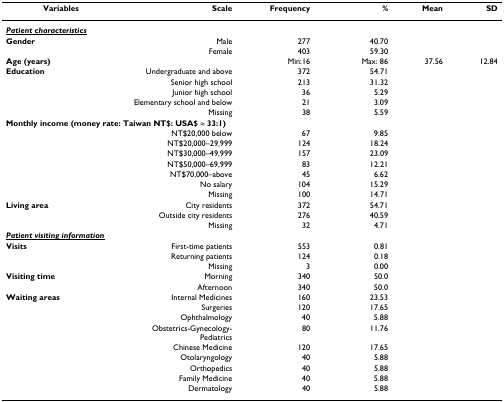
<table><thead><tr><td><b>Variables</b></td><td><b>Scale</b></td><td><b>Frequency</b></td><td><b>%</b></td><td><b>Mean</b></td><td><b>SD</b></td></tr></thead><tbody><tr><td><b><i><underline>Patient characteristics</underline></i></b></td><td></td><td></td><td></td><td></td><td></td></tr><tr><td><b>Gender</b></td><td>Male</td><td>277</td><td>40.70</td><td></td><td></td></tr><tr><td></td><td>Female</td><td>403</td><td>59.30</td><td></td><td></td></tr><tr><td><b>Age (years)</b></td><td></td><td>Min:16</td><td>Max: 86</td><td>37.56</td><td>12.84</td></tr><tr><td><b>Education</b></td><td>Undergraduate and above</td><td>372</td><td>54.71</td><td></td><td></td></tr><tr><td></td><td>Senior high school</td><td>213</td><td>31.32</td><td></td><td></td></tr><tr><td></td><td>Junior high school</td><td>36</td><td>5.29</td><td></td><td></td></tr><tr><td></td><td>Elementary school and below</td><td>21</td><td>3.09</td><td></td><td></td></tr><tr><td></td><td>Missing</td><td>38</td><td>5.59</td><td></td><td></td></tr><tr><td colspan="6"><b>Monthly income (money rate: Taiwan NT$: USA$ ≈ 33:1)</b></td></tr><tr><td></td><td>NT$20,000 below</td><td>67</td><td>9.85</td><td></td><td></td></tr><tr><td></td><td>NT$20,000–29,999</td><td>124</td><td>18.24</td><td></td><td></td></tr><tr><td></td><td>NT$30,000–49,999</td><td>157</td><td>23.09</td><td></td><td></td></tr><tr><td></td><td>NT$50,000–69,999</td><td>83</td><td>12.21</td><td></td><td></td></tr><tr><td></td><td>NT$70,000–above</td><td>45</td><td>6.62</td><td></td><td></td></tr><tr><td></td><td>No salary</td><td>104</td><td>15.29</td><td></td><td></td></tr><tr><td></td><td>Missing</td><td>100</td><td>14.71</td><td></td><td></td></tr><tr><td><b>Living area</b></td><td>City residents</td><td>372</td><td>54.71</td><td></td><td></td></tr><tr><td></td><td>Outside city residents</td><td>276</td><td>40.59</td><td></td><td></td></tr><tr><td></td><td>Missing</td><td>32</td><td>4.71</td><td></td><td></td></tr><tr><td><b><i><underline>Patient visiting information</underline></i></b></td><td></td><td></td><td></td><td></td><td></td></tr><tr><td><b>Visits</b></td><td>First-time patients</td><td>553</td><td>0.81</td><td></td><td></td></tr><tr><td></td><td>Returning patients</td><td>124</td><td>0.18</td><td></td><td></td></tr><tr><td></td><td>Missing</td><td>3</td><td>0.00</td><td></td><td></td></tr><tr><td><b>Visiting time</b></td><td>Morning</td><td>340</td><td>50.0</td><td></td><td></td></tr><tr><td></td><td>Afternoon</td><td>340</td><td>50.0</td><td></td><td></td></tr><tr><td><b>Waiting areas</b></td><td>Internal Medicines</td><td>160</td><td>23.53</td><td></td><td></td></tr><tr><td></td><td>Surgeries</td><td>120</td><td>17.65</td><td></td><td></td></tr><tr><td></td><td>Ophthalmology</td><td>40</td><td>5.88</td><td></td><td></td></tr><tr><td></td><td>Obstetrics-Gynecology-Pediatrics</td><td>80</td><td>11.76</td><td></td><td></td></tr><tr><td></td><td>Chinese Medicine</td><td>120</td><td>17.65</td><td></td><td></td></tr><tr><td></td><td>Otolaryngology</td><td>40</td><td>5.88</td><td></td><td></td></tr><tr><td></td><td>Orthopedics</td><td>40</td><td>5.88</td><td></td><td></td></tr><tr><td></td><td>Family Medicine</td><td>40</td><td>5.88</td><td></td><td></td></tr><tr><td></td><td>Dermatology</td><td>40</td><td>5.88</td><td></td><td></td></tr></tbody></table>